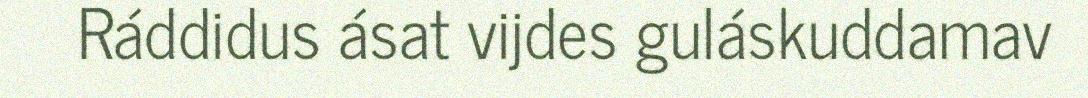
Ráddidus ásat vijdes guláskuddamav